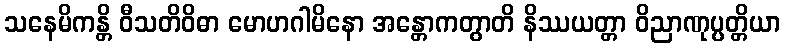
သနေမိကန္တိ ဝီသတိဝိဓာ မောဟဂါမိနော အန္တောကတွာတိ နိဿယတ္တာ ဝိညာဏုပ္ပတ္တိယာ